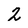
Character: 2